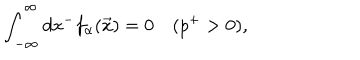
\int _ { - \infty } ^ { \infty } d x ^ { - } f _ { \alpha } ( \vec { x } ) = 0 \quad ( p ^ { + } > 0 ) ,